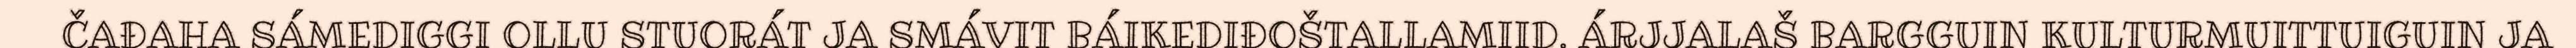
ČAĐAHA SÁMEDIGGI OLLU STUORÁT JA SMÁVIT BÁIKEDIĐOŠTALLAMIID. ÁRJJALAŠ BARGGUIN KULTURMUITTUIGUIN JA